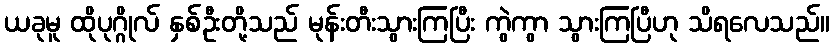
ယခုမူ ထိုပုဂ္ဂိုလ် နှစ်ဦးတို့သည် မုန်းတီးသွားကြပြီး ကွဲကွာ သွားကြပြီဟု သိရလေသည်။